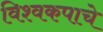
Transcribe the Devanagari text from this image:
विश्वकपाचे